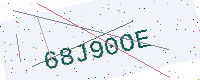
Text: 68J90OE